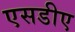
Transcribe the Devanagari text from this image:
एसडीए